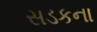
સડકના